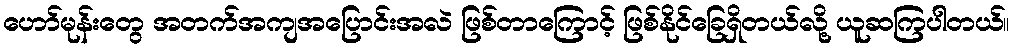
ဟော်မုန်းတွေ အတက်အကျအပြောင်းအလဲ ဖြစ်တာကြောင့် ဖြစ်နိုင်ခြေရှိတယ်လို့ ယူဆကြပါတယ်။